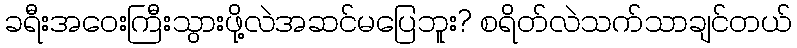
ခရီးအဝေးကြီးသွားဖို့လဲအဆင်မပြေဘူး? စရိတ်လဲသက်သာချင်တယ်